Report of the King Institute of Preventive Medicine, Guindy
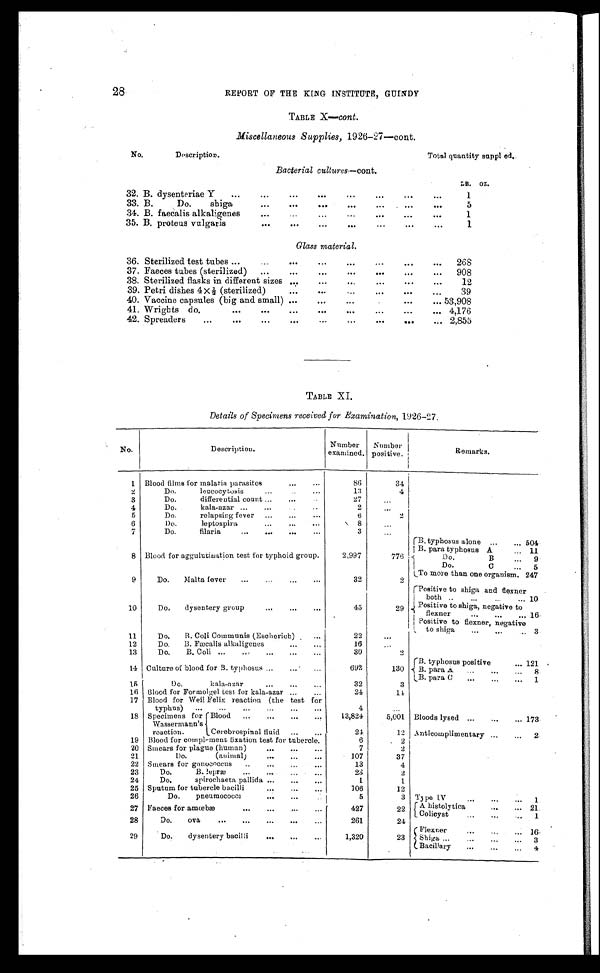
28
REPORT OF THE KING INSTITUTE, GUINDY
TABLE X—cont.
Miscellaneous Supplies, 1926-27—cont.
No.
Description.
Total quantity suppled.
B a c t e r i a l c u l t u r e s .
— c o n t .
32. B. dysenteriae Y . . .
LB.
1
OZ.
33. B. Do. shiga . . .
5
34. B. faecalis alkaligenes . . .
1
35. B. proteus vulgaris . . .
1
Glass material.
36. Sterilized test tubes . . .
268
37. Faeces tubes (sterilized) . . .
908
38. Sterilized flasks in different sizes . . .
12
39. Petri dishes 4 x ½ (sterilized) . . .
39
40. Vaccine capsules (big and small) . . . 53,908
41. Wrigbts
do.
.
.
. 4,176
42. Spreaders
.
.
. 2,855
TABLE XI.
Details of Specimens received for Examination, 1926-27.
No.
Description.
Number
examined.
Number
positive.
Remarks.
1 Blood films for malaria parasites . . .
86
34
2
Do. leucocytosis . . .
13
4
Do. differential count . . .
27
. . .
3
Do. kala-azar . . .
2
. . .
4
5
Do. relapsing fever . . .
6
2
Do. leptospira . . .
8
. . .
6
7
Do. filaria
. . .
3
. . .
8 Blood for aggulutination test for typhoid group.
2,997
776
B. typhosus alone . . .
504
B. para typhosus A . . .
11
Do. B . . .
9
Do. C . . .
5
To more than one organism. 247
9
Do. Malta fever . . .
32
2
P o s i t i v e t o s h i g a a n d
flexner both . . .
10
Positive to shiga, negative to
f l e x n e r . . .
1 6
10
Do. dysentery group . . .
45
29
Positive to flexner, negative
to shiga . . .
3
11
Do. B. Coli Communis (Escherich) . . .
22
. . .
12
Do. B. Fæcalis alkaligenes . . .
16
. . .
13
Do. B. Coli . . .
30
2
14 Culture of blood for B. typhosus . . .
692
130
B. typhosus positive . . . 121
B. para A. . .
8
1 5
Do. kala-azar . . .
32
3
B. para C . . .
1
16 Blood for Formolgel test for kala-azar . . .
24
14
17 Blood for Weil Felix. reaction (the test for
typhus) . . .
4
. . .
18 Specimens for
Wassermann's
reaction.
Blood . . .
13,824
5,001 Bloods lysed . . .
173
Anticomplimentary . . .
2
12
Cerebrospinal fluid . . .
24
19 Blood for complement fixation test for tubercle.
6
2
20 Smears for plague (human) . . .
7
2
21
Do. (animal) . . .
107
37
22 Smears for gonococcus . . .
13
4
23
Do B. lepræ . . .
23
2
24
Do. Spirochaeta pallida . . .
1
1
25 Sputum for tubercle bacilli . . .
106
12
26
D o . p n e u m o c o c c i . . .
5
3 Type IV . . .
A histolytica . . .
21
27 Faeces for amœbæ . . .
427
22
Colicyst . . .
1
28
Do. ova . . .
261
24
Flexner
29
Do. dysentery bacilli . . .
1,320
23
Shiga . . .
3
Bacillary . . .
4